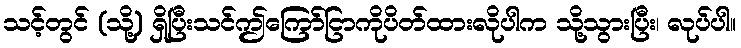
သင့်တွင် (သို့) ရှိပြီးသင်ဤကြော်ငြာကိုပိတ်ထားလိုပါက သို့သွားပြီး၊ လုပ်ပါ။